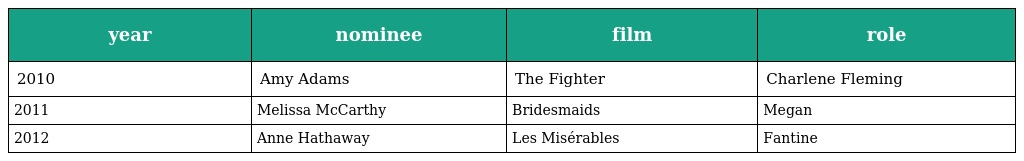
| year | nominee | film | role |
 | --- | --- | --- | --- |
 | 2010 | Amy Adams | The Fighter | Charlene Fleming |
 | 2011 | Melissa McCarthy | Bridesmaids | Megan |
 | 2012 | Anne Hathaway | Les Misérables | Fantine |